Report on the working of the mental hospitals for Indians in Bihar and Orissa - 1925-1929
Year: 1925
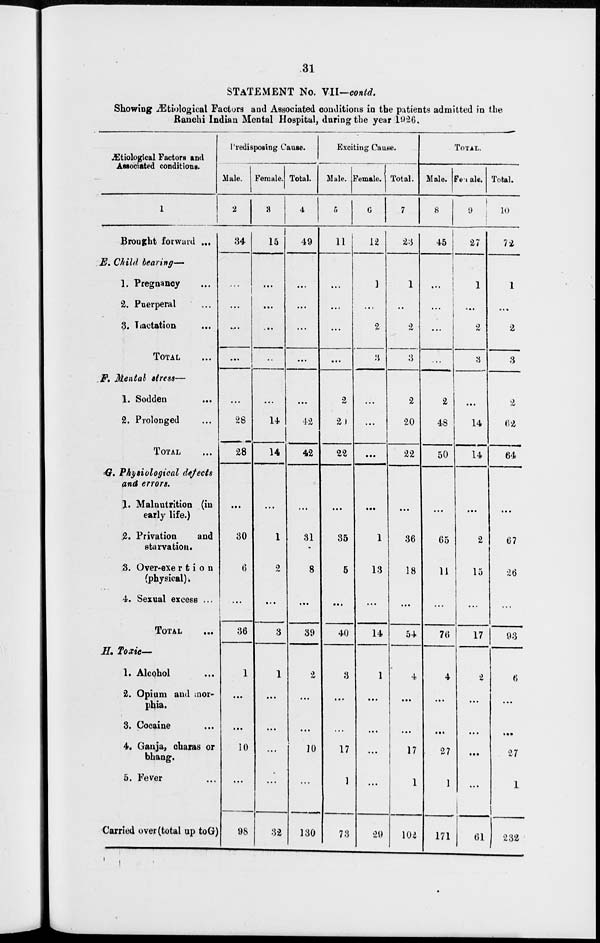
31
STATEMENT No. VII—contd.
Showing Ætiological Factors and Associated conditions in the patients admitted in the
Ranchi Indian Mental Hospital, during the year 1926.
Ætiological Factors and
Associated conditions.
1
Brought forward ...
E. Child
bearing—
1. Pregnancy ...
2. Puerperal ...
3. Lactation ...
TOTAL ...
F. Mental stress—
1. Sodden ...
2. Prolonged ...
TOTAL ...
G. Physiological
defects
and errors.
1. Malnutrition (in
early life.)
2. Privation
and
starvation.
3. Over-exertion
(physical).
4. Sexual excess ...
TOTAL ...
H. Toxic—
1. Alcohol ...
2. Opium and mor-
phia.
3. Cocaine ...
4. Ganja, charas or
bhang.
5. Fever ...
Carried over (total up toG)
Predisposing Cause.
Male.
2
34
...
...
...
...
...
28
28
...
30
6
...
36
1
...
...
10
...
98
Female.
3
15
...
...
...
...
...
14
14
...
1
2
...
3
1
...
...
...
...
32
Total.
4
49
...
...
...
...
...
42
42
...
31
8
...
39
2
...
...
10
...
130
Exciting Cause.
Male.
5
11
...
...
...
...
2
20
22
...
35
5
...
40
3
...
...
17
1
73
Female.
6
12
1
...
2
3
...
...
...
...
1
13
...
14
1
...
...
...
...
29
Total.
7
23
1
...
2
3
2
20
22
...
36
18
...
54
4
...
...
17
1
102
TOTAL.
Male.
8
45
...
...
...
...
2
48
50
...
65
11
...
76
4
...
...
27
1
171
Female.
9
27
1
...
2
3
...
14
14
...
2
15
...
17
2
...
...
...
...
61
Total.
10
72
1
...
2
3
2
62
64
...
67
26
...
93
6
...
...
27
1
232